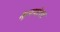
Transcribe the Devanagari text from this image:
क्षत्रपांचा